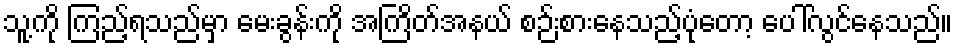
သူ့ကို ကြည့်ရသည်မှာ မေးခွန်းကို အကြိတ်အနယ် စဉ်းစားနေသည့်ပုံတော့ ပေါ်လွင်နေသည်။